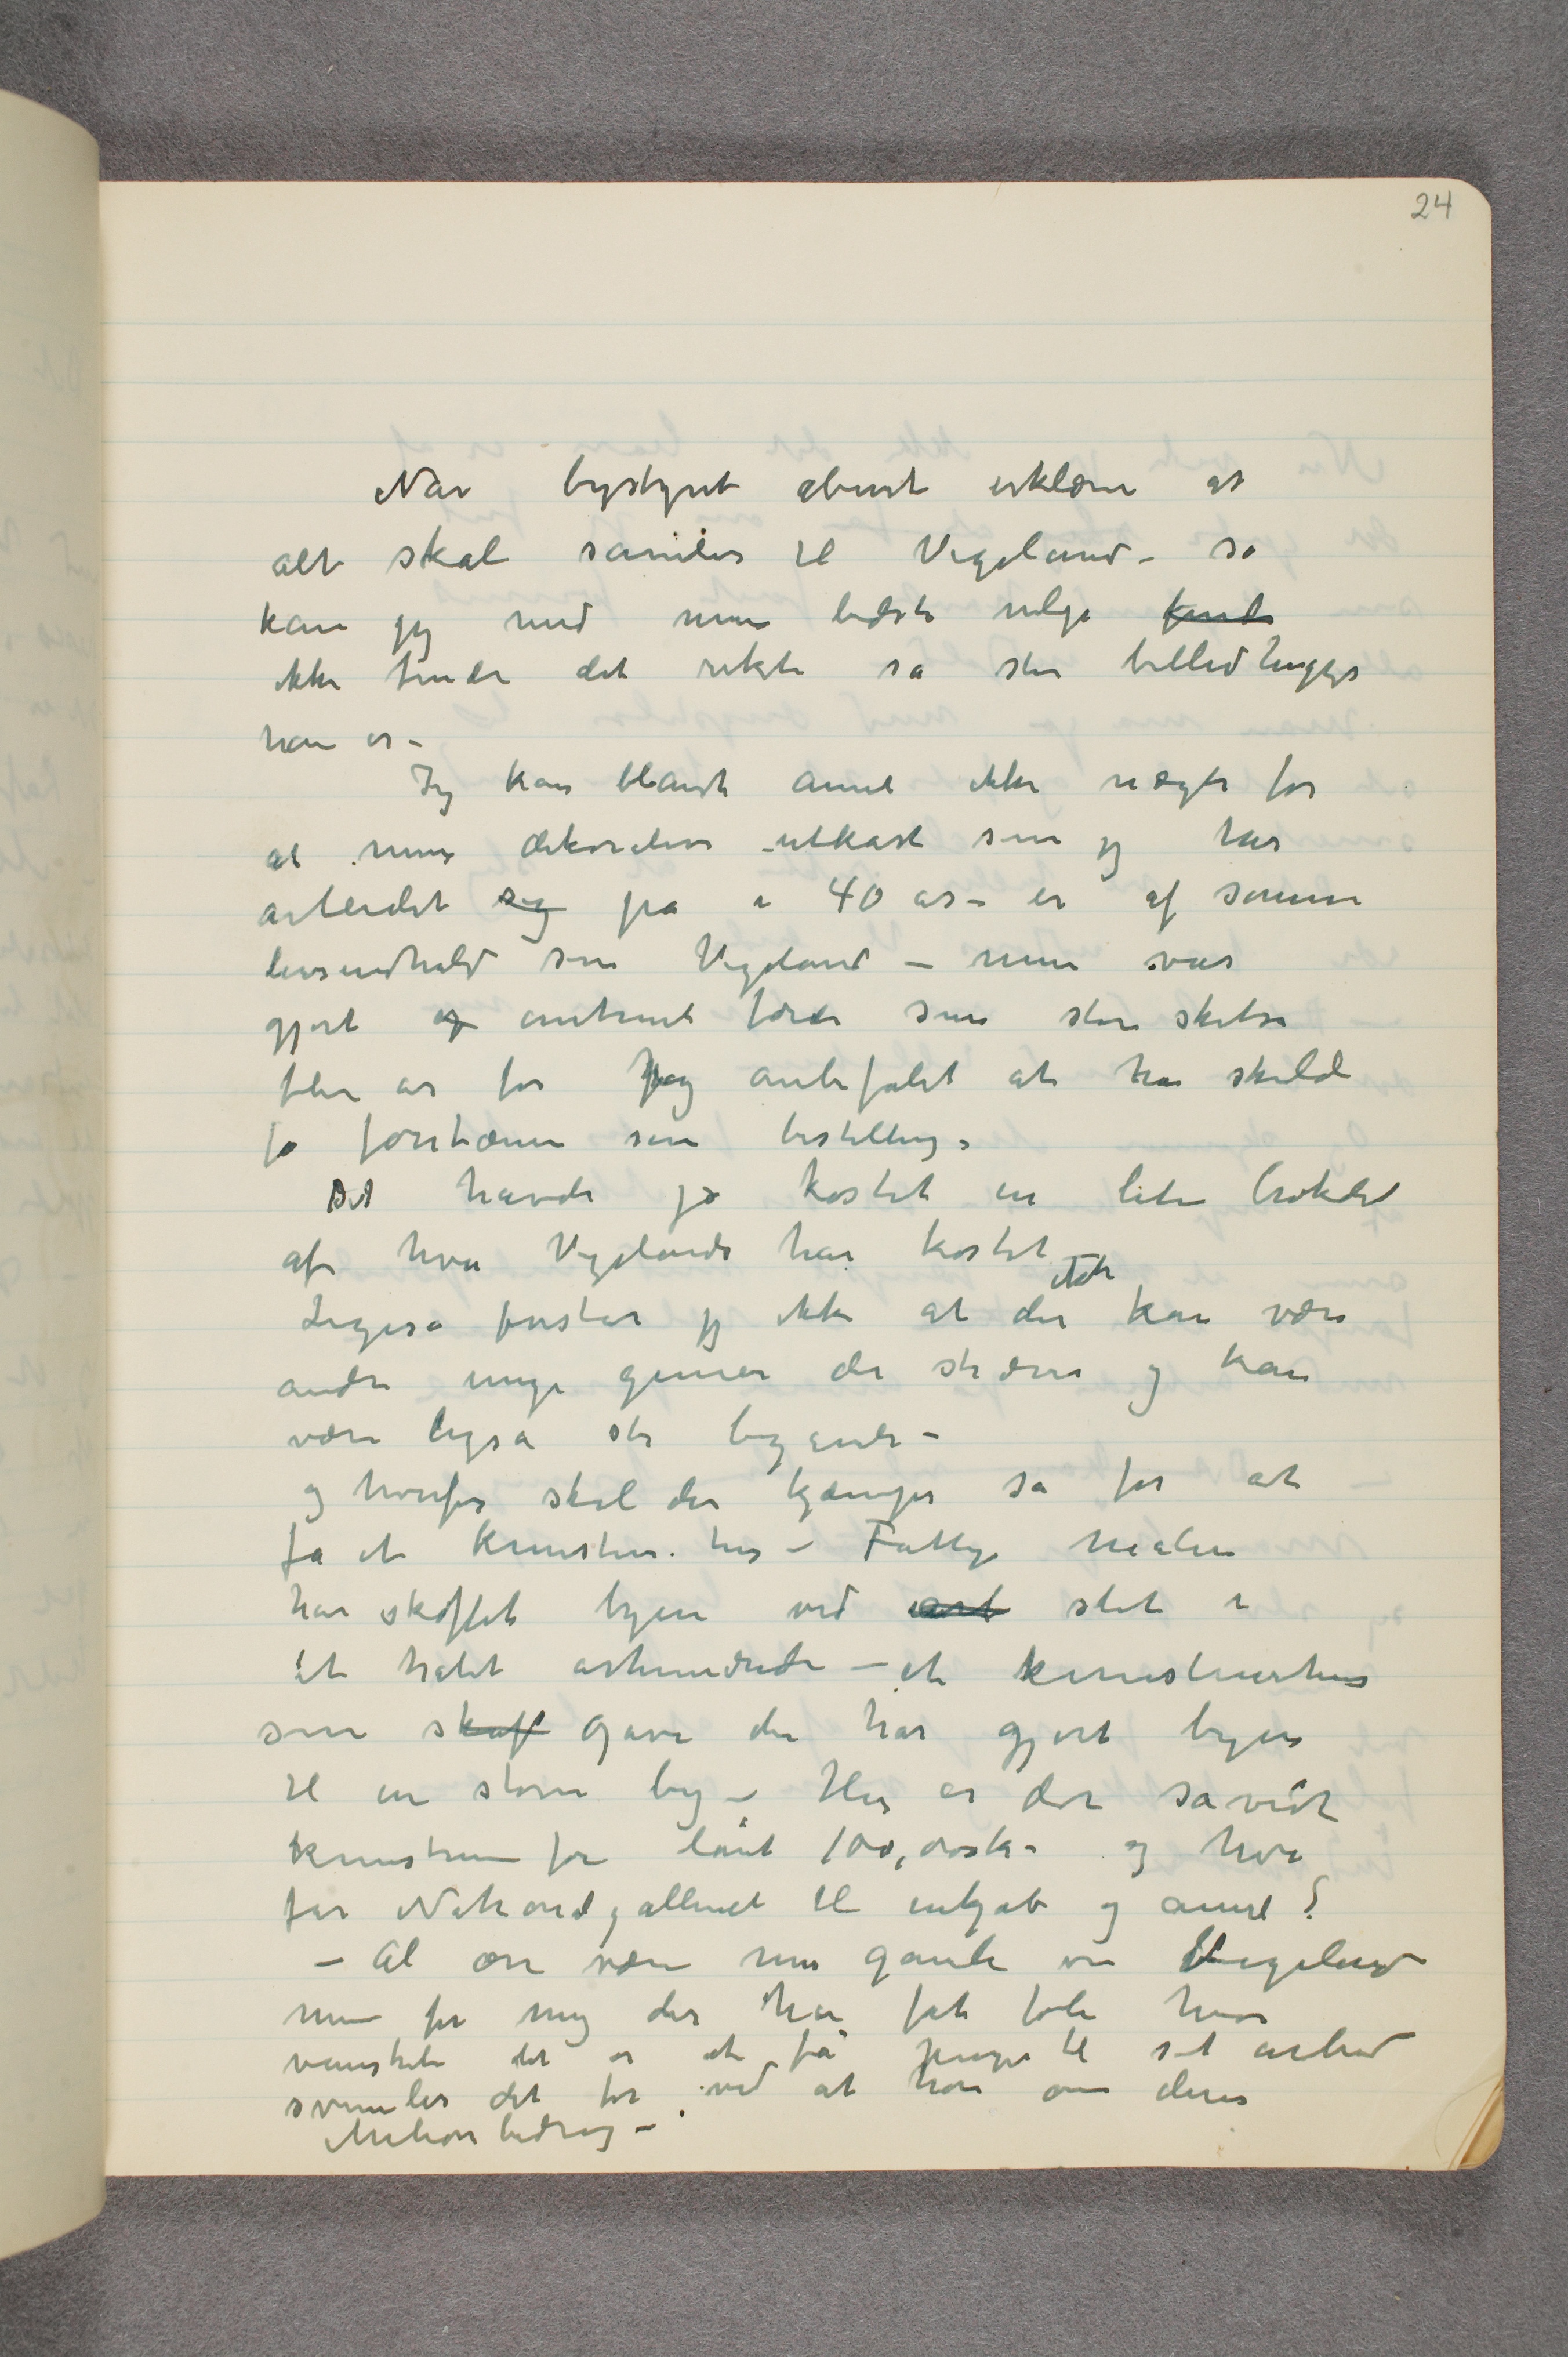
Når bystyret åbent erklærer at
alt skal samles til Vigeland – så
kan jeg med min bedste vilje finde
ikke finde det rikti så stor billedhugger
han er –
Jeg kan blandt annet ikke nægte for
at mine dekorative utkast som jeg har
arbeidet sig på i 40 år – er af samme
livsindhold som Vigeland – men var
gjort og omtrent færdi som store skitser
flere år før jeg anbefalet at han skulde
få fontænen som bestilling.
Det havde jo kostet en liden brøkdel
af hva Vigelands har kostet –
Ligeså forstår jeg ikke at der ikke kan være
andre unge genier der stræver og kan
være ligeså stor begavede –
og hvorfor skal der kjæmpes så for at
få et kunstens hus – Fattige malere
har skaffet byen ved iarb skat i
et halvt århundrede – et kunstnerhus
som skaf gave der har gjort byen
til en større by – Her er det såvidt
kunstnerne får lånt 100,000 kr – og hva
får Nationalgalleriet til inkjøb og annet?
– Al ære være min gamle ven Vigeland
men for meg der har fåt føle hvor
vanskeli det er at få penge til sit arbeid
svimler det for ved at høre om deres
Milionbidrag –